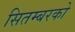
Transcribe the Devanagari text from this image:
सितम्बरको